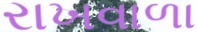
રાખવાળા